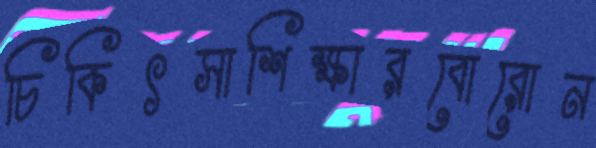
চিকিৎসাশিক্ষারবোরোন